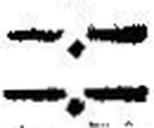
—.—